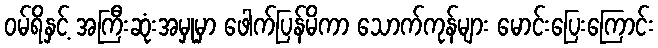
ဝမ်ရိနှင့် အကြီးဆုံးအမှုမှာ ဖေါက်ပြန်မိကာ သောက်ကုန်များ မောင်းပြေးကြောင်း